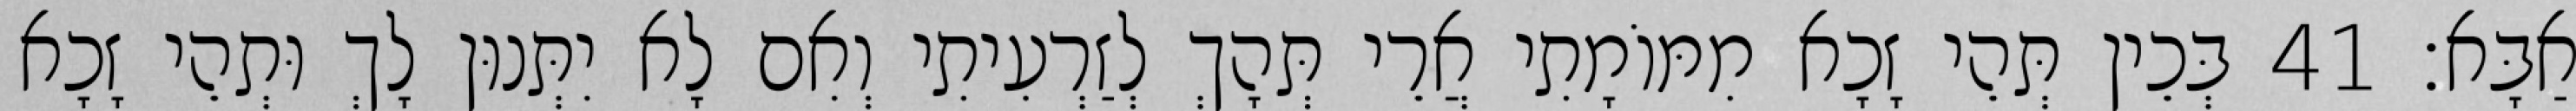
אַבָּא׃ 41 בְּכֵין תְּהֵי זָכָא מִמּוֹמָתִי אֲרֵי תְּהָךְ לְזַרְעִיתִי וְאִם לָא יִתְּנוּן לָךְ וּתְהֵי זָכָא